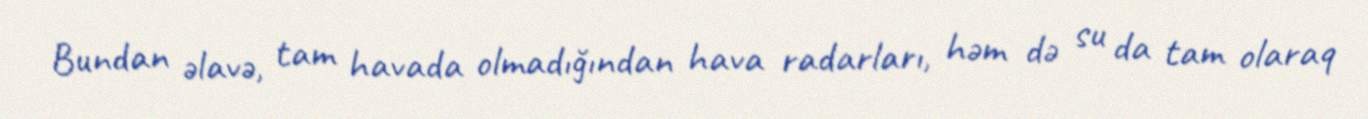
Bundan əlavə, tam havada olmadığından hava radarları, həm də su da tam olaraq